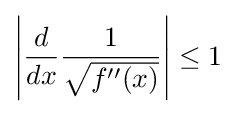
\left|{\frac {d}{dx}}{\frac {1}{\sqrt {f''(x)}}}\right|\leq 1